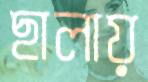
ছালায়